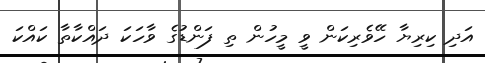
އަދި ކިރިޔާ ހޭވެރިކަން ވީ މީހުން ތި ފަންޑުގެ ވާހަކަ ދައްކާތާ ކައްކަ